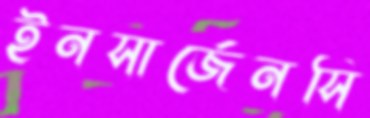
ইনসার্জেনসি